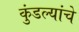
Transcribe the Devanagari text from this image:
कुंडल्यांचे